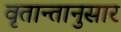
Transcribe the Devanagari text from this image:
वृतान्तानुसार